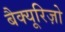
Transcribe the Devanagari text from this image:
बैक्यूरिज़ो